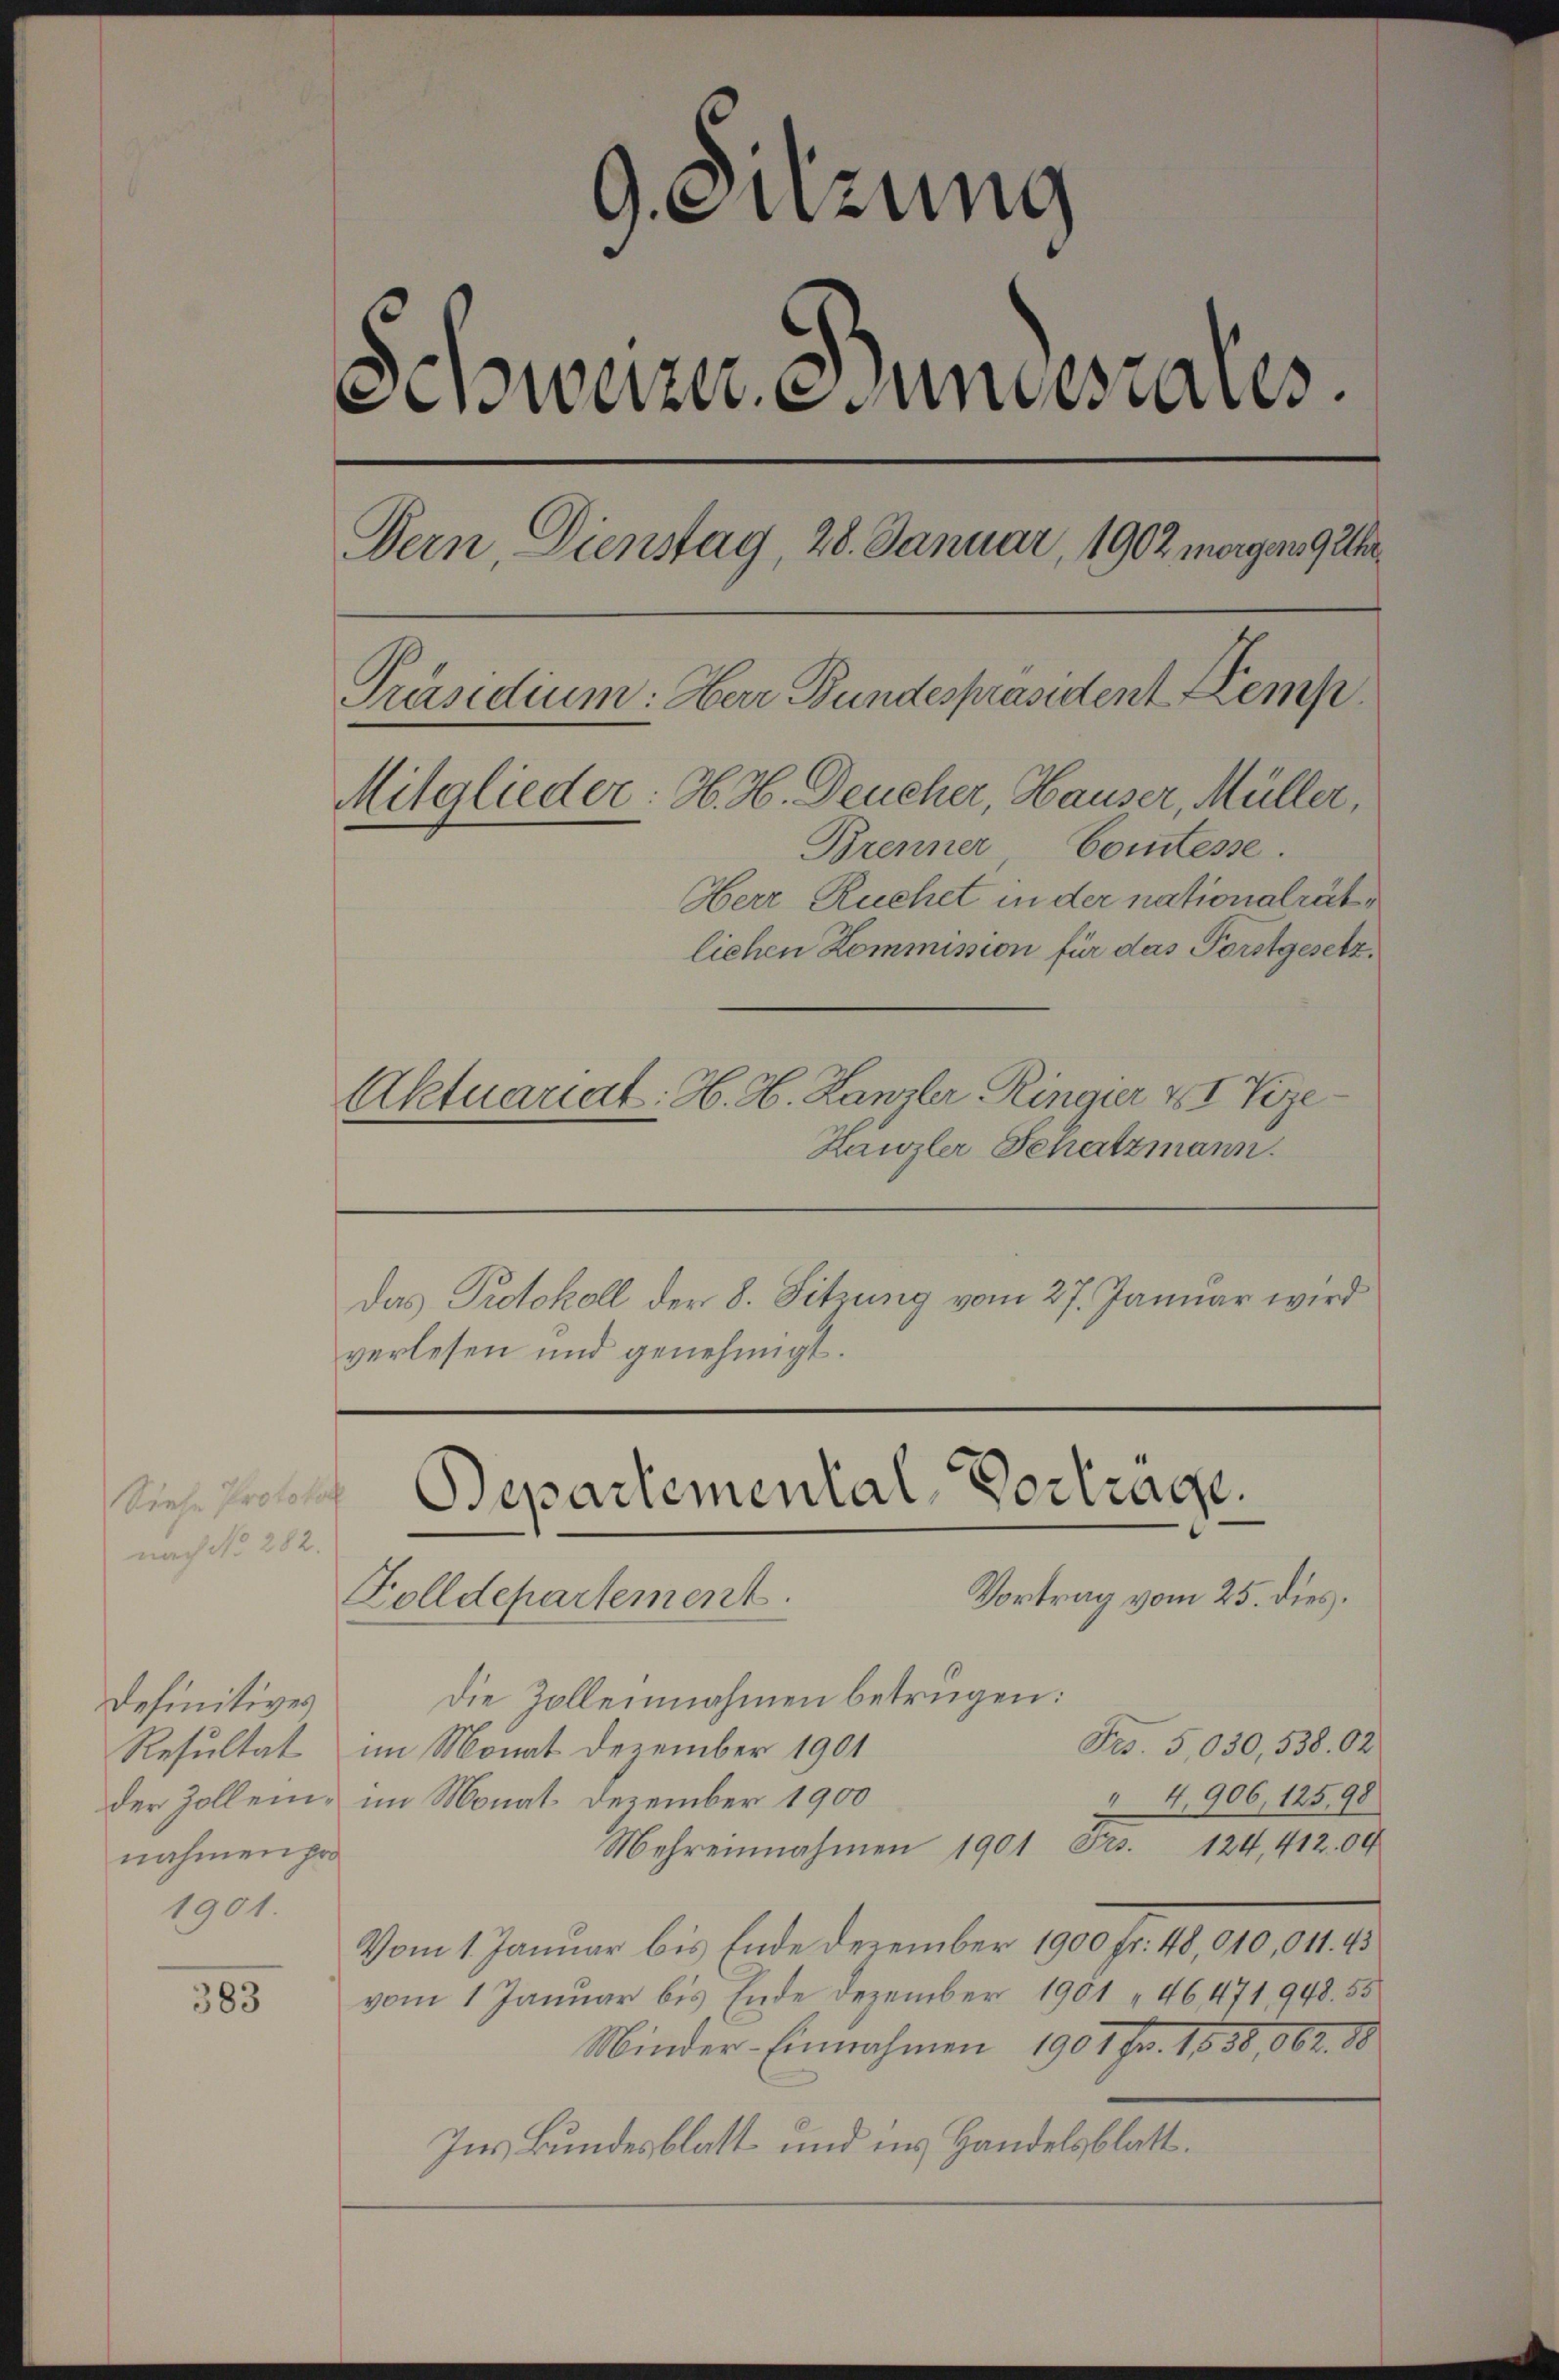
Siehe Protokoll
nach No. 282.

definitives
nahmen pro
1901.

383

9.Sitzung
Schweizer esundesrates.
Bern, Dienstag, 28. Januar 1902 morgen 9 Uhr
Präsidium: Herr Bundespräsident Kemp
Mitglieder: H. H. Deucher, Hauser, Müller,
Brenner Comtesse.
Herr Ruchet in der nationalrätlichen Kommission für das Forstgesetz
Aktuariat: H. H. Kanzler, Ringier v I Vize¬
Hanzler Schatzmann.

Das Protokoll der 8. Sitzung vom 27. Januar wird
verlesen und genehmigt.

Departemental Vortrage
Vortrag vom 25. dies.
Zolldepartement.

Die Zollennahmen betrügen:
Frs. 5,030, 538. 02
Resultat im Monat Dezember 1901
4. 906, 12598
der Zollem, im Monat Dezember 1900
Mehreinnahmen 1901 Frs. 124,412. 00
Vom 1. Januar bis Ende Dezember 1900 fr. 48, 010,011. 43
vom 1 Januar bis Ende Dezember 1901 " 46471948. 55
Minder-Einnahmen 1901 Fr. 1858, 662. 88
Ins Bundesblatt und ins Handelsblatt.